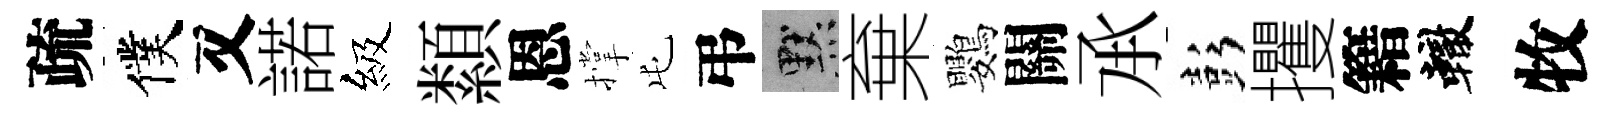
疏僕又諾級纇恩撑屯弔默棄鸚關𠄘彭攫籍轍牧